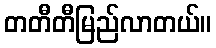
တတီတီမြည်လာတယ်။